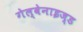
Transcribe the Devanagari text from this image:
गेल्वेनाइज्ड